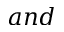
a n d